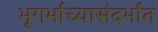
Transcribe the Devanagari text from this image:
भूगर्भाच्यासंदर्भात